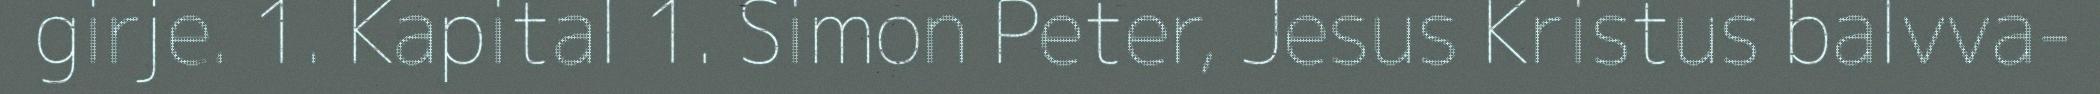
girje. 1. Kapital 1. Simon Peter, Jesus Kristus balvva-